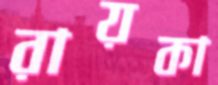
রায়কা